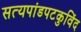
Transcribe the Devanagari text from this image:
सत्यपांडपटकुविंद